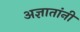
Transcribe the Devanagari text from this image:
अज्ञातांनी